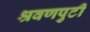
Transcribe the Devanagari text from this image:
श्रवणपुटीं